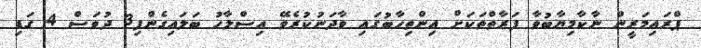
ޕްރައިމަރީން ނާކާމިޔާބުވާ ފަރާތްތަކަށް އިންތިހާބުގައި ވާދަނުކުރެވޭ އިސްލާހު ބަލައިގެންފި3 ދުވަސް 4 ގަޑި